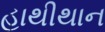
હાથીથાન